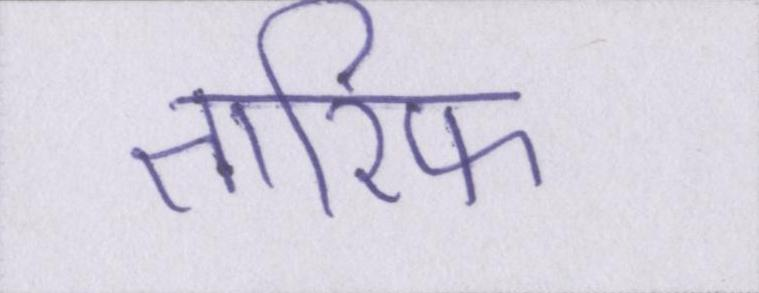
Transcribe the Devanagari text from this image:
तारिफ